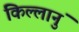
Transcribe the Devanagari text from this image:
किल्लानुं